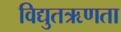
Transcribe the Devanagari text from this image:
विद्युतऋणता